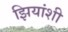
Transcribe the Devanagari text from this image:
झियांशी